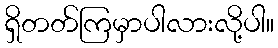
ရှိတတ်ကြမှာပါလားလို့ပါ။